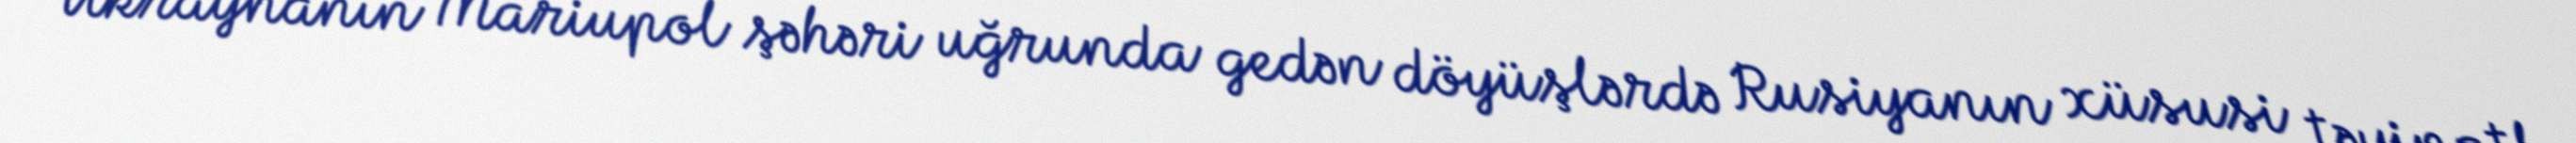
Ukraynanın Mariupol şəhəri uğrunda gedən döyüşlərdə Rusiyanın xüsusi təyinatlı